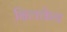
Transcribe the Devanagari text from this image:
बिलकेय